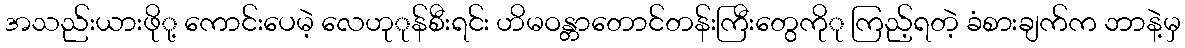
အသည်းယားဖိုု့ ကောင်းပေမဲ့ လေဟုုန်စီးရင်း ဟိမဝန္တာတောင်တန်းကြီးတွေကိုု ကြည့်ရတဲ့ ခံစားချက်က ဘာနဲ့မှ